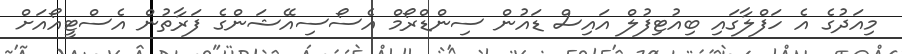
މިއަދުގެ އެ ހަފްލާގައި ބިއުޓިފުލް އައިސް ޑައުން ސިންޑްރޯމް އެސޯސިއޭޝަންގެ ފަރާތުން އެސްޓީއޯއަށް